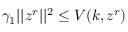
\gamma _ { 1 } \lvert | z ^ { r } \rvert | ^ { 2 } \leq V ( k , z ^ { r } )